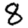
Digit: 8